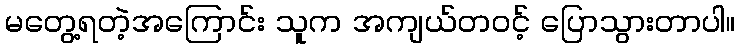
မတွေ့ရတဲ့အကြောင်း သူက အကျယ်တဝင့် ပြောသွားတာပါ။